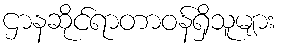
ဌာနဆိုင်ရာတာဝန်ရှိသူများ